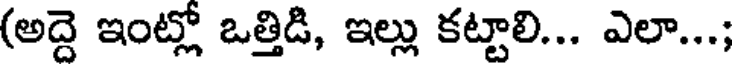
(అద్దె ఇంట్లో ఒత్తిడి, ఇల్లు కట్టాలి... ఎలా...;